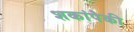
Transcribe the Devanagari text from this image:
शकांपैकी